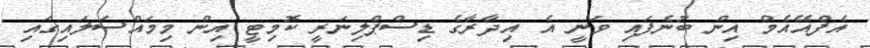
އެފްއޭއެމް އިން ބުނެފައި ވަނީ އެ އިދާރާގެ ޑިސްޕްލިނަރީ ކޮމިޓީ އިން މިމައްސަލައިގައި